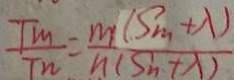
\frac { T _ { m } } { T _ { n } } = \frac { m ( S _ { m } + \lambda ) } { n ( S _ { h } + \lambda ) }